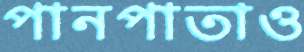
পানপাতাও